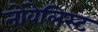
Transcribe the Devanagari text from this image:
नोवेलिस्ट